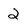
Character: 2